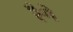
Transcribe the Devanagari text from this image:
रैगे